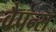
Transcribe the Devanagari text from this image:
वैपन्स